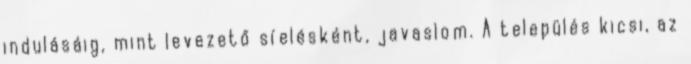
indulásáig, mint levezető síelésként, javaslom. A település kicsi, az